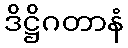
ဒိဋ္ဌိဂတာနံ